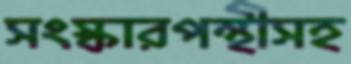
সংস্কারপন্থীসহ